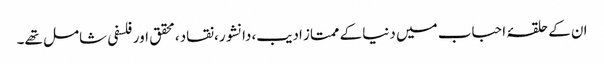
ان کے حلقۂ احباب میں دنیا کے ممتاز ادیب،دانشور،نقاد،محقق اور فلسفی شامل تھے۔